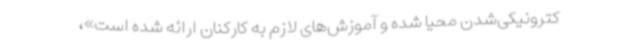
کترونیکی‌شدن محیا شده و آموزش‌های لازم به کارکنان ارائه شده است»،